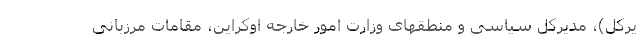
یرکل)، مدیرکل سیاسی و منطقهای وزارت امور خارجه اوکراین، مقامات مرزبانی